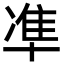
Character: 凖